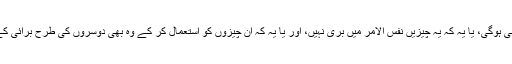
انہیں دو میں سے ایک بات ماننی ہوگی، یا یہ کہ یہ چیزیں نفس الامر میں بُری نہیں، اور یا یہ کہ ان چیزوں کو استعمال کر کے وہ بھی دوسروں کی طرح برائی کے فروغ کا ذریعہ بن رہے ہیں۔